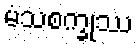
မံသစက္ခုဿ